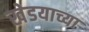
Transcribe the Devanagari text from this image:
खेडयाच्या